Annual report of the Camel Specialist
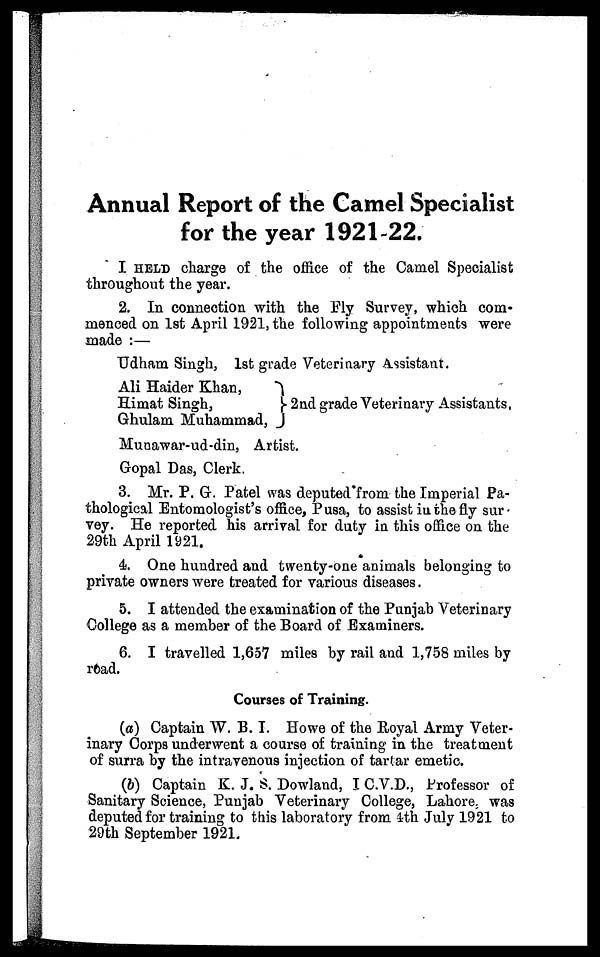
Annual Report of the Camel Specialist
for the year 1921-22.
I HELD charge of the office of the Camel Specialist
throughout the year.
2. In connection with the Fly Survey, which com-
menced on 1st April 1921, the following appointments were
made :—
Udham Singh, 1st grade Veterinary Assistant.
Ali Haider Khan,
Himat Singh,
Ghulam Muhammad,
2nd grade Veterinary Assistants,
Munawar-ud-din, Artist.
Gopal Das, Clerk.
3. Mr. P. G. Patel was deputed from the Imperial Pa-
thological Entomologist's office, Pusa, to assist in the fly sur-
vey. He reported his arrival for duty in this office on the
29th April 1921.
4. One hundred and twenty-one animals belonging to
private owners were treated for various diseases.
5. I attended the examination of the Punjab Veterinary
College as a member of the Board of Examiners.
6. I travelled 1,657 miles by rail and 1,758 miles by
road.
Courses of Training.
(a) Captain W. B. I. Howe of the Royal Army Veter-
inary Corps underwent a course of training in the treatment
of surra by the intravenous injection of tartar emetic.
(b) Captain K. J. S. Dowland, I.C.V.D., Professor of
Sanitary Science, Punjab Veterinary College, Lahore was
deputed for training to this laboratory from 4th July 1921 to
29th September 1921.